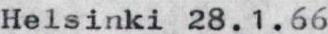
Helsinki 28.1.66